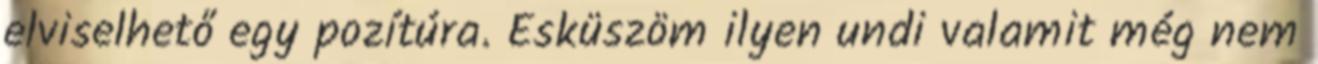
elviselhető egy pozítúra. Esküszöm ilyen undi valamit még nem